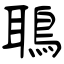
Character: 鵈